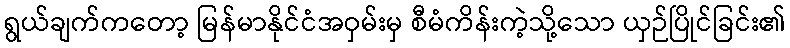
ရွယ်ချက်ကတော့ မြန်မာနိုင်ငံအဝှမ်းမှ စီမံကိန်းကဲ့သို့သော ယှဉ်ပြိုင်ခြင်း၏